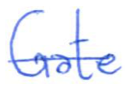
Text: Gate
Cross-out: single-line
Writing tool: ballpoint